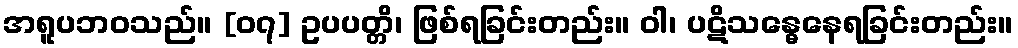
အရူပဘဝသည်။ [၀၇] ဥပပတ္တိ၊ ဖြစ်ရခြင်းတည်း။ ဝါ၊ ပဋိသန္ဓေနေရခြင်းတည်း။